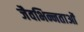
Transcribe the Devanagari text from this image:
जैवभिन्नताओं